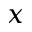
x